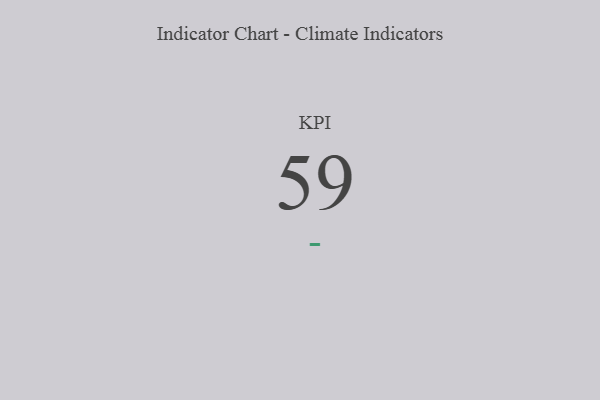
{"axis": {"x": "KPI", "y": "Value"}, "legend": [""], "data": [{"x": "KPI", "y": 59, "type": ""}]}